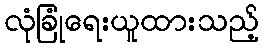
လုံခြုံရေးယူထားသည့်